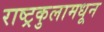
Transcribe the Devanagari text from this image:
राष्ट्रकुलामधून